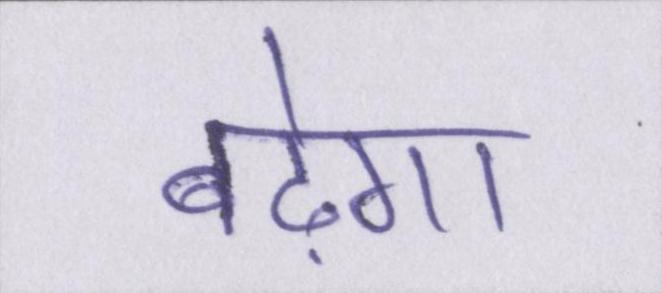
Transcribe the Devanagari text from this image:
बढ़ेगा